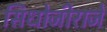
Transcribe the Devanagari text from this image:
सिधोजीराजे